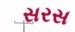
સરસ